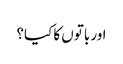
اور باتوں کا کیا؟